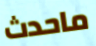
ماحدث